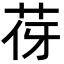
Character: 𦭿